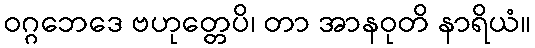
ဝဂ္ဂဘေဒေ ဗဟုတ္တေပိ၊ တာ အာနဝုတိ နာရိယံ။